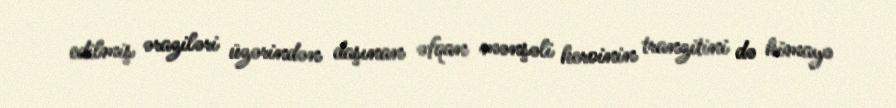
edilmiş əraziləri üzərindən daşınan əfqan mənşəli heroinin tranzitini də himayə